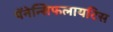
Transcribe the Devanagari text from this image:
पॅनेन्सिफलायटिस